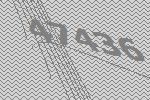
47436